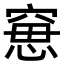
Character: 𥦾